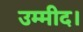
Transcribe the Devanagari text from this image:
उम्मीद।